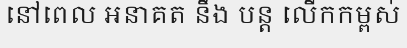
នៅពេល អនាគត នឹង បន្ត លើកកម្ពស់